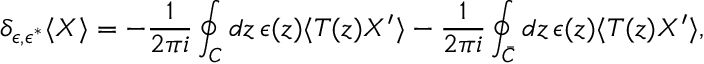
\delta _ { \epsilon , \epsilon ^ { * } } \langle X \rangle = - \frac { 1 } { 2 \pi i } \oint _ { C } d z \, \epsilon ( z ) \langle T ( z ) X ^ { \prime } \rangle - \frac { 1 } { 2 \pi i } \oint _ { \bar { C } } d z \, \epsilon ( z ) \langle T ( z ) X ^ { \prime } \rangle ,